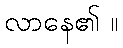
လာနေ၏ ။